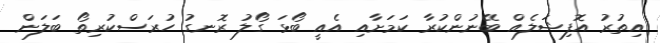
އިތުރު އޮފިޝަލެއް ބޭނުންކުރާ ކަމަށާއި އެއީ ބޯޅަ ގޯލު ރޮނގު ހުރަސްކުރިތޯ ބަލަން